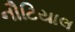
નૌટિયાલ